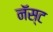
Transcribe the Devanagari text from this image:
नॅस्ट